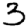
Digit: 3